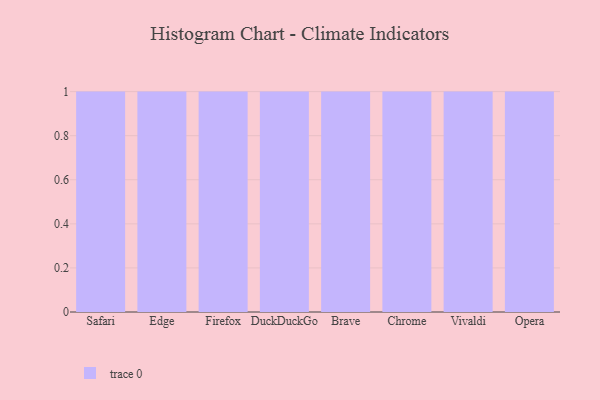
{"axis": {"x": "Browser", "y": "Customer Acquisition Cost (USD)"}, "legend": [""], "data": [{"x": "Safari", "y": 71, "type": ""}, {"x": "Edge", "y": 6, "type": ""}, {"x": "Firefox", "y": 66, "type": ""}, {"x": "DuckDuckGo", "y": 70, "type": ""}, {"x": "Brave", "y": 49, "type": ""}, {"x": "Chrome", "y": 46, "type": ""}, {"x": "Vivaldi", "y": 11, "type": ""}, {"x": "Opera", "y": 48, "type": ""}]}